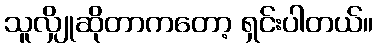
သူလျှိုဆိုတာကတော့ ရှင်းပါတယ်။